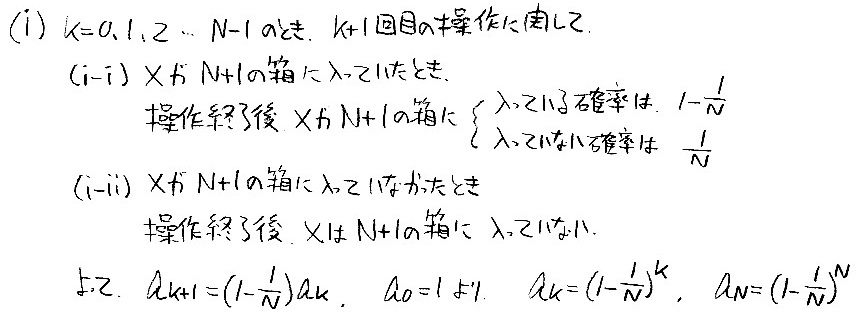
(i) \(k = 0,1,2,\cdots,N - 1\) では, \(k + 1\) 回目の操作に関して.
    (i - i) \(X\) が \(N+1\) の箱に入っていたとき,
        操作終了後, \(X\) が \(N + 1\) の箱に \(\left\{\begin{array}{l}\text{入っている確率は }1-\frac{1}{N}\\ \text{入っていない確率は }\frac{1}{N}\end{array}\right.\)
    (i - ii) \(X\) が \(N+1\) の箱に入っていなかったとき,
        操作終了後, \(X\) は \(N + 1\) の箱に入っていない.
よって, \(A_{k + 1}=(1-\frac{1}{N})A_{k}\), \(A_{0}=1\) より, \(A_{k}=(1-\frac{1}{N})^{k}\), \(A_{N}=(1-\frac{1}{N})^{N}\)